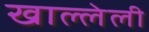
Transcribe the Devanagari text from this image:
खाल्लेली